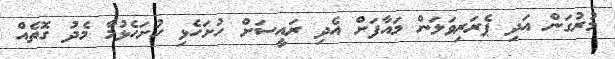
މުރުގަން އަދި ޕެރަރިވަލަން މައާފަށް އެދި ރައީސަށް ހުށަހެޅި ހުށަހެޅުމާ މެދު ގޮތެއް